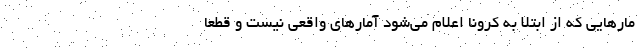
مار‌هایی که از ابتلا به کرونا اعلام می‌شود آمار‌های واقعی نیست و قطعا